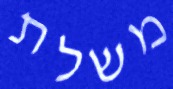
משלת